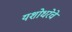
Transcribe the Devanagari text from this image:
यशोधरेचे